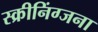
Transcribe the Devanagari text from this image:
स्क्रीनिंग्जना